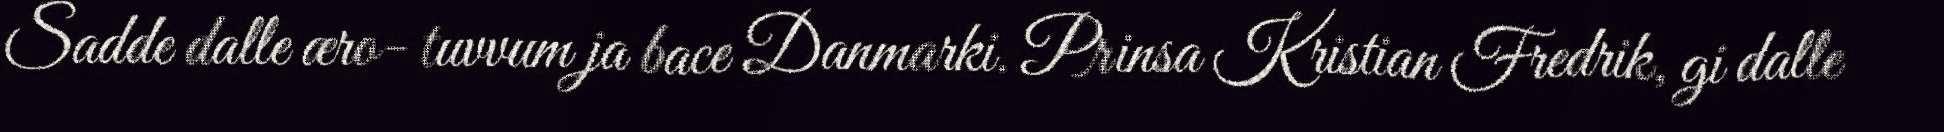
Sadde dalle æro- tuvvum ja bace Danmarki. Prinsa Kristian Fredrik, gi dalle